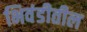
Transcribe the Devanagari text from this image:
भिवंडीतील